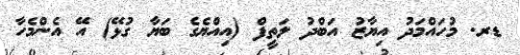
ޑރ. މުހައްމަދު އިޔާޒު އަބްދު ލަތީފް (އިއްޔެގެ ބަޔާ ގުޅޭ) އޭ އެންމެހާ